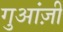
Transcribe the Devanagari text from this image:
गुआंज़ी